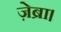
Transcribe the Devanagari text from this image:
ज़ेब्रा।